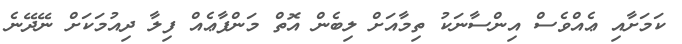
ކަމަށާއި ޢެއްވެސް އިންސާނަކު ތިމާއަށް ލިބެން އޮތް މަންފާޢެއް ފިލާ ދިއުމަކަށް ނޭދޭނެ